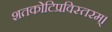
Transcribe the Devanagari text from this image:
शतकोटिप्रविस्तरम्‌।